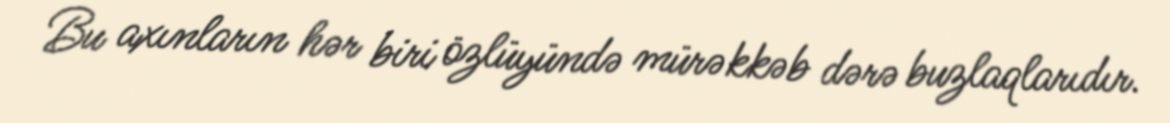
Bu axınların hər biri özlüyündə mürəkkəb dərə buzlaqlarıdır.